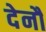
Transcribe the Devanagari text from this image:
देनौ